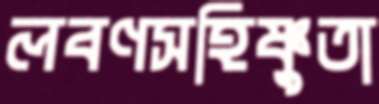
লবণসহিষ্ণুতা